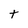
Character: t